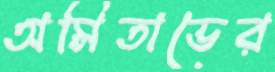
অমিতাভের